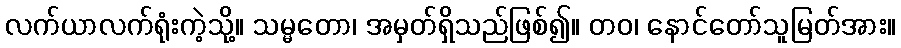
လက်ယာလက်ရုံးကဲ့သို့။ သမ္မတော၊ အမှတ်ရှိသည်ဖြစ်၍။ တဝ၊ နောင်တော်သူမြတ်အား။